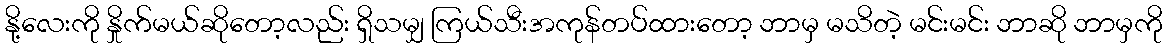
နို့လေးကို နှိုက်မယ်ဆိုတော့လည်း ရှိသမျှ ကြယ်သီးအကုန်တပ်ထားတော့ ဘာမှ မသိတဲ့ မင်းမင်း ဘာဆို ဘာမှကို